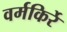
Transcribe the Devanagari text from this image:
वर्मकिर्रे